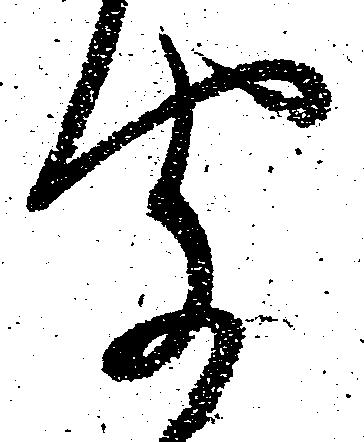
聞